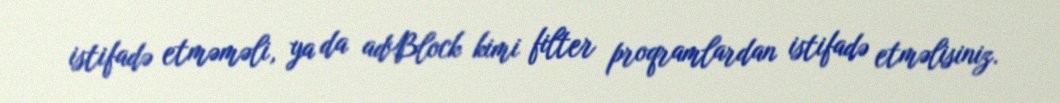
istifadə etməməli, ya da adBlock kimi filter proqramlardan istifadə etməlisiniz.